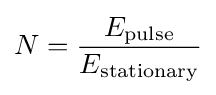
N={\frac {E_{\text{pulse}}}{E_{\text{stationary}}}}